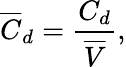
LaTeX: \overline{{C}}_{d}=\frac{C_{d}}{\overline{{V}}},